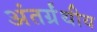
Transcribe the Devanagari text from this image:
अंतर्ग्रंथीय